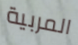
المربية